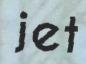
jet